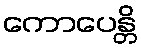
ကောပေန္တိ